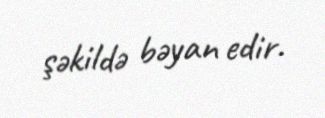
şəkildə bəyan edir.